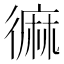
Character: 𪎓